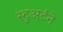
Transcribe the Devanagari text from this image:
स्टुअर्टने